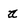
Character: a